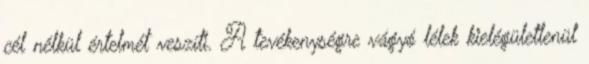
cél nélkül értelmét veszíti. A tevékenységre vágyó lélek kielégületlenül